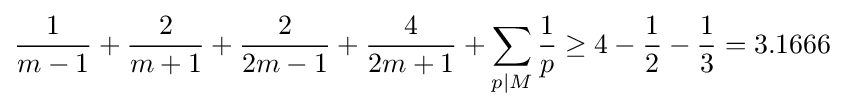
{\frac {1}{m-1}}+{\frac {2}{m+1}}+{\frac {2}{2m-1}}+{\frac {4}{2m+1}}+\sum _{p|M}{\frac {1}{p}}\geq 4-{\frac {1}{2}}-{\frac {1}{3}}=3.1666